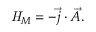
{ \it H } _ { M } = - \vec { j } \cdot \vec { A } .